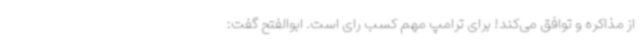
از مذاکره و توافق می‌کند! برای ترامپ مهم کسب رای است. ابوالفتح گفت: